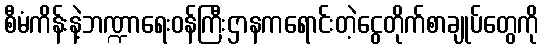
စီမံကိန်းနဲ့ဘဏ္ဍာရေးဝန်ကြီးဌာနကရောင်းတဲ့ငွေတိုက်စာချုပ်တွေကို